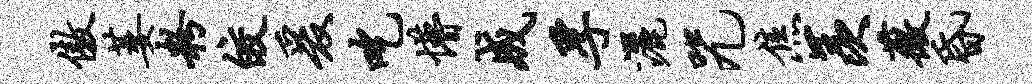
傲萎粉皎爰吃懵成孚洒咒焦羡薇昏